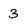
Character: 3